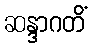
ဆန္ဒာဂတိံ